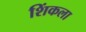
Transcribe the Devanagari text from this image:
शिंकला